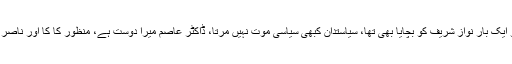
انہوں نے کہا کہ نواز شریف کی سیاست کا انحصار حالات پر منحصر ہے، ہم نے تو ایک بار نواز شریف کو بچایا بھی تھا، سیاستدان کبھی سیاسی موت نہیں مرتا، ڈاکٹر عاصم میرا دوست ہے، منظور کا کا اور ناصر مرائی میرے دوست نہیں ہیں، شرجیل میمن بھی وزیر رہا مگر میرا دوست نہیں ہے۔